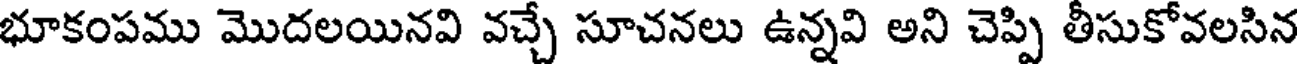
భూకంపము మొదలయినవి వచ్చే సూచనలు ఉన్నవి అని చెప్పి తీసుకోవలసిన